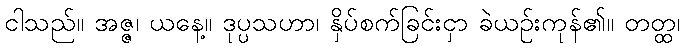
ငါသည်။ အဇ္ဇ၊ ယနေ့။ ဒုပ္ပသဟာ၊ နှိပ်စက်ခြင်းငှာ ခဲယဉ်းကုန်၏။ တတ္ထ၊